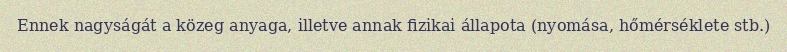
Ennek nagyságát a közeg anyaga, illetve annak fizikai állapota (nyomása, hőmérséklete stb.)